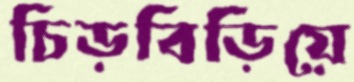
চিড়বিড়িয়ে